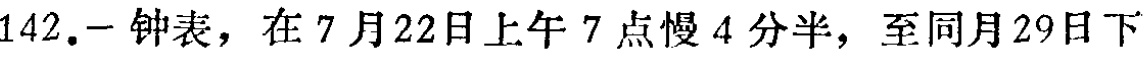
142.一 钟表，在 7 月 22日上午 7 点慢 4 分半，至同月 29日下